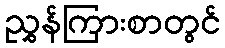
ညွှန်ကြားစာတွင်